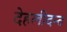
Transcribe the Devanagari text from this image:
देहलीदन्त